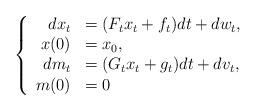
LaTeX: \begin{align*}\left\{\begin{array}[c]{rl}dx_{t} & =(F_{t}x_{t}+f_{t})dt+dw_{t},\\x(0) & =x_{0},\\dm_{t} & =(G_{t}{x}_{t}+g_{t})dt+dv_{t},\\m(0) & =0\end{array}\right. \end{align*}